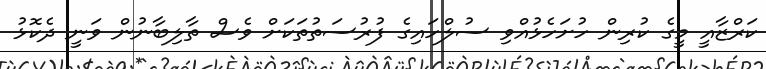
ކަރްޒާއީ މީގެ ކުރިން ހުށަހެޅުއްވި ސުލްހައިގެ ފުރުސަތުތަކަށް ވެސް ތާލިބާނުން ވަނީ ދެކޮޅު